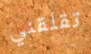
تقلقني